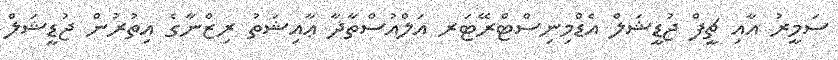
ސަމީރު އާއި ޗީފް ޖުޑީޝަލް އެޑްމިނިސްޓްރޭޓަރ އަލްއުސްތާޛާ ޢާއިޝަތު ރިޒްނާގެ އިތުރުން ޖުޑީޝަލް